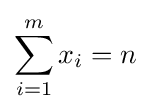
\sum _{i=1}^{m}x_{i}=n